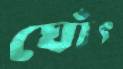
ঘোঁৎ